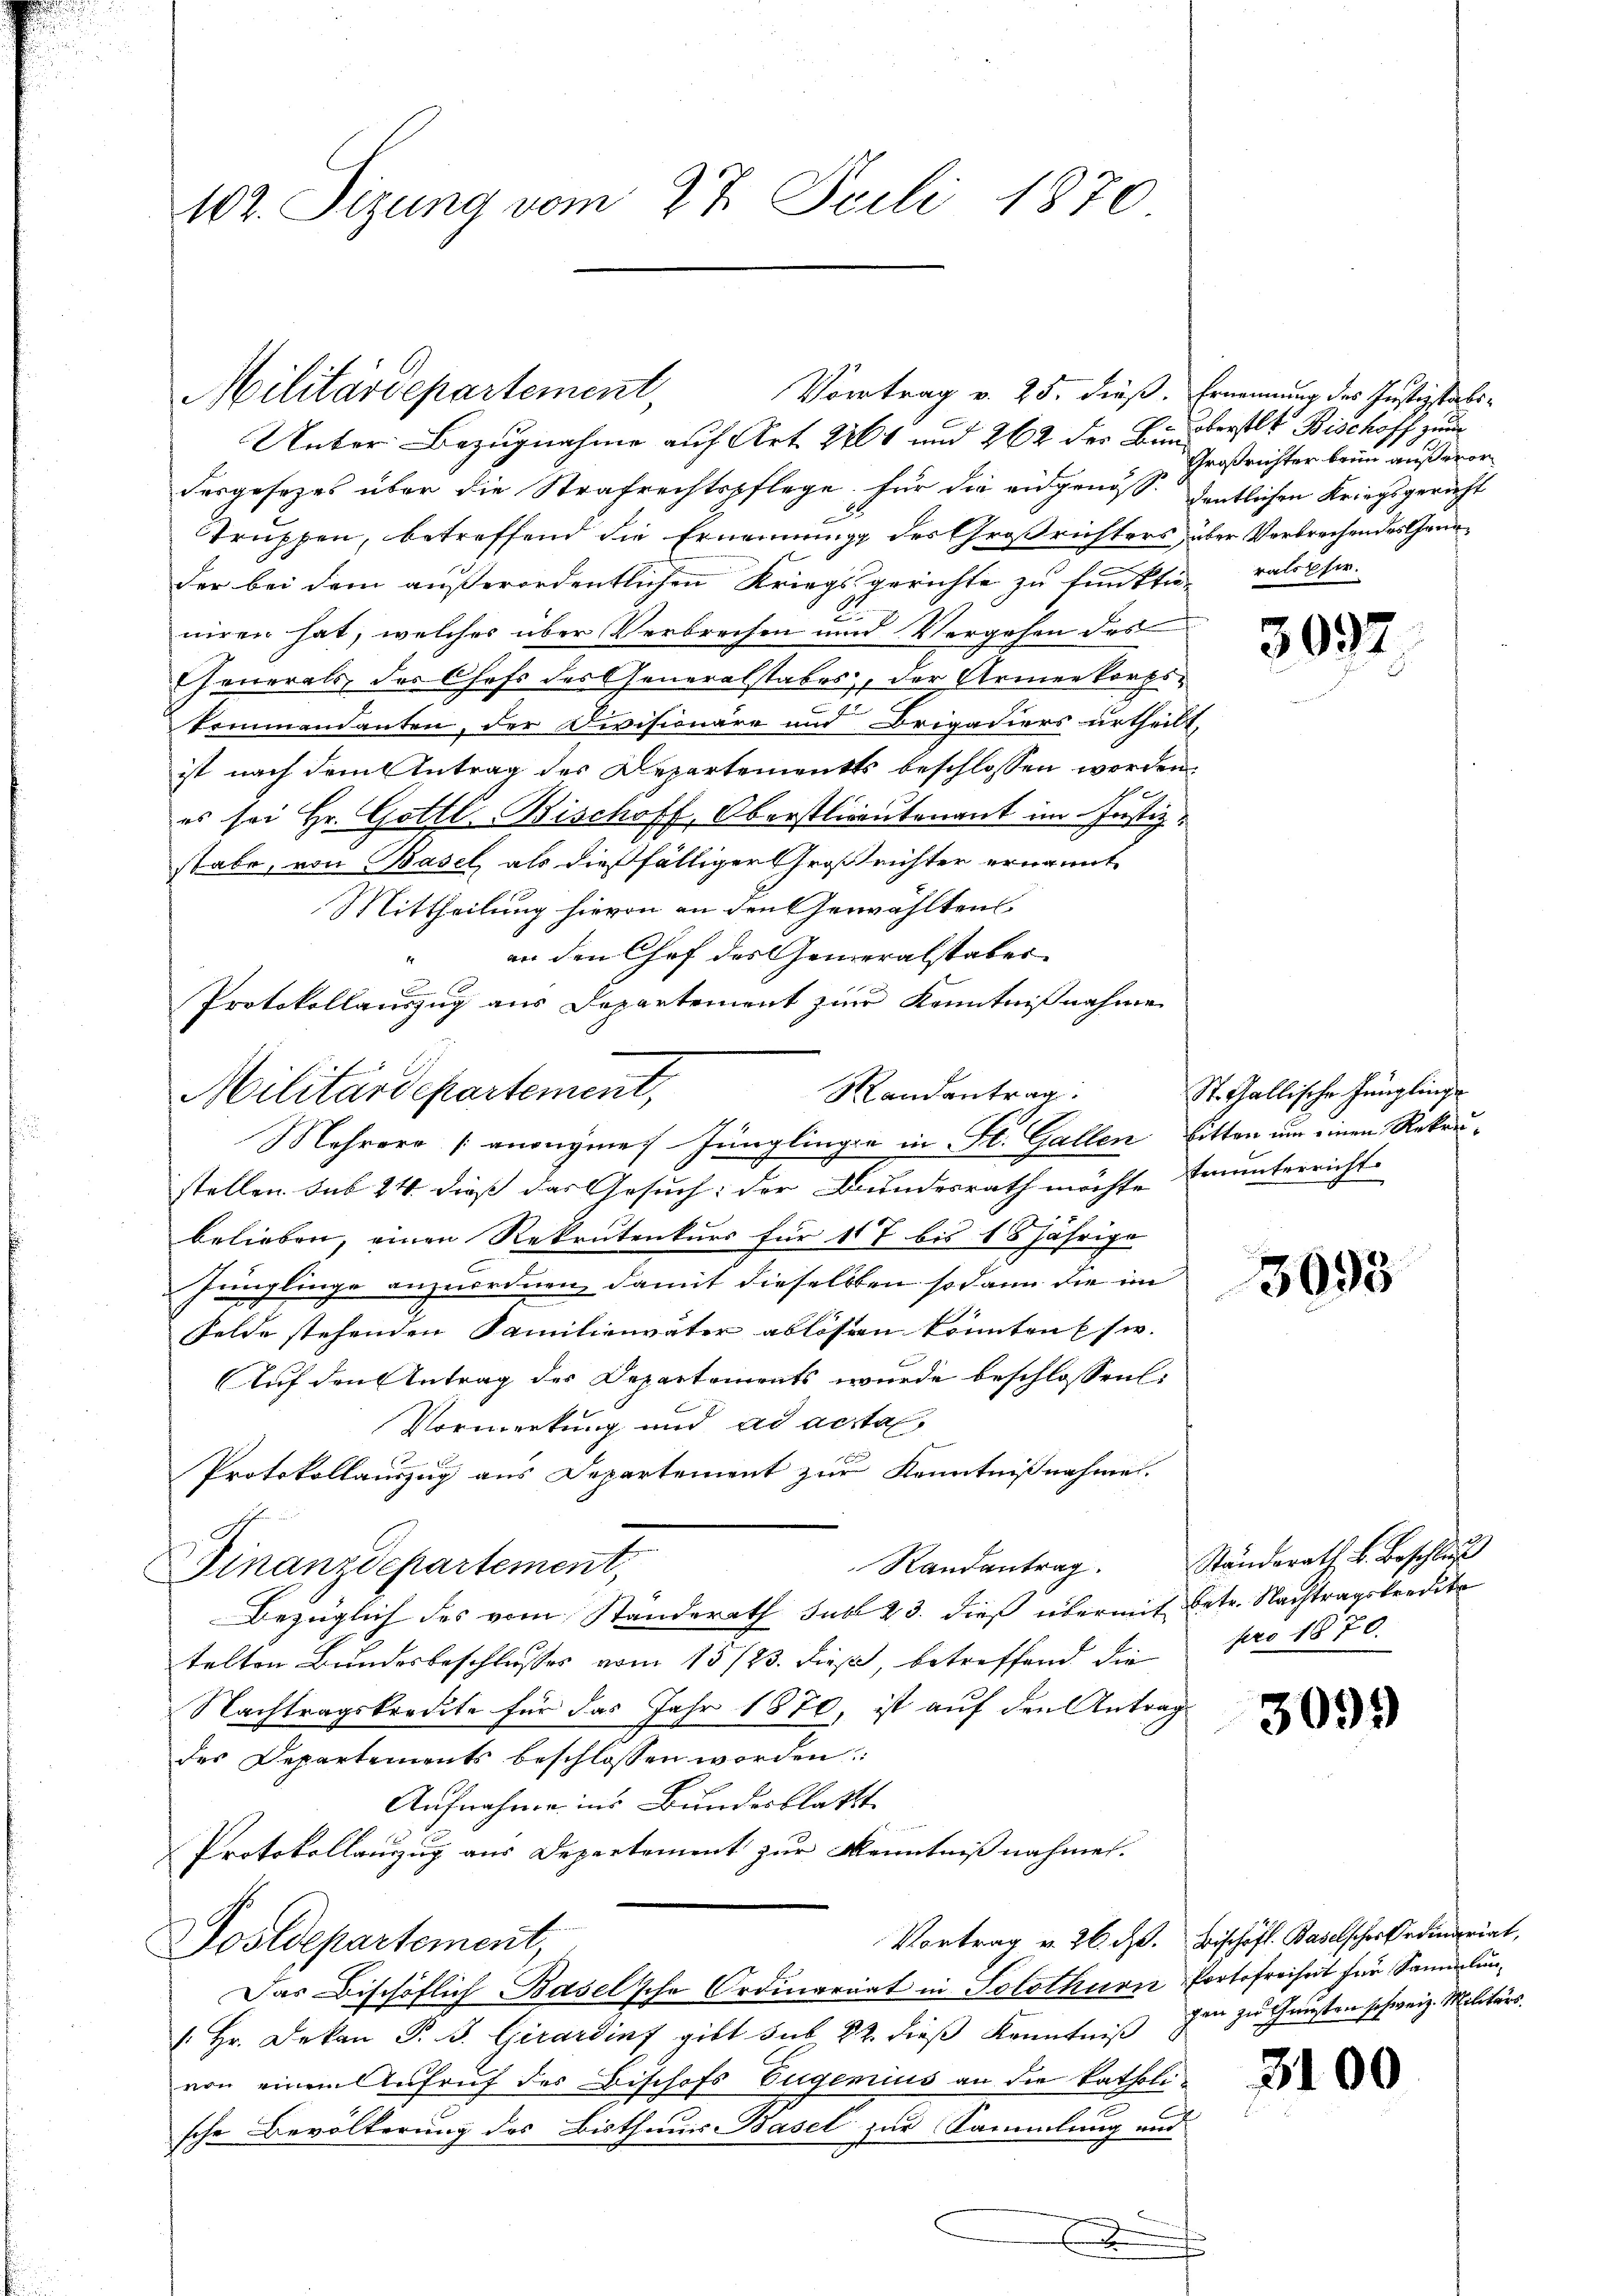
Unter Bezugnahme auf Art. 241 und 262 der Bundesgesezes über die Strafrechtspflege. Für die eidgenös deutlichen Kriegsgericht
Truppen, betreffend die Ernennung des Großrichters über Verbrechendes Gander bei dem außerordentlichen Kriegsgerichte zu funktiniren hat, welches über Verbrechen und Vergehen des
Generals des Chefs des Generalstabes, der Armenkorps
truendanten, der Divisionäre und Drigadiers urtheilt,
ist nach dem Antrag des Departements beschlossen werden.
es sei Hr. Gottl. Bischoff, Oberstlieutenant im Justiz-
stabe, von Basel, als dießfälliger Großrichter ernannt
Mittheilung hievon an den Gewählten
an den Chef des Generalstaber
Protokollauszug aus Departement zur Kenntnißnahme
Randantrag
Mehrero angegenes Jünglingen in St. Gallen, bitten um einen Rekurstellen sub 24 dieß das Gesuch: der Bundesrath möchte munterricht
belieben, einen Rekrutenkurs für 117 bis 18 jährige
Jünglinge anzuordnen, damit dieselben sodann die im
Felde stehenden Familienväter ablösen könnten usw. |
Auf den Antrag des Departements wurde beschlossen:
Vormerkung und ad acta
f
Protokollauszug aus Departement zur Kenntnißnahme.
Randantrag.
Finanzdepartement,
Bezüglich des vom Ständerath sub 23. dieß übermit betr. Nachtragskredite
telten Bundesbeschlusses vom 15./23. dieß, betreffend die pro 1870.
Nachtragskredite für das Jahr 1870, ist auf den Antrag
des Departements beschlossen worden
Aufnahme ins Bundesblattt
Protokollanzug aus Departement zur Kenntnißnahmen.
Vortrag v. 26. d. Bischöfl. Baselscher Ordinariat,
Sostdepartement,
Das Bischöflich Baselsche Ordinariat in Solothurn Portofreiheit für Samlun¬
/. Hr. Dekan P. J. Girarding gibt sub 22. dieß Kenntniß gen zu Gunsten schweiz. Militärs.
von einem Aufruf der Bischofs Eugenius an die katholische Bevölkerung des Bisthums Basel zur Sammlung und
.
.

102. Sizung vom 27. Seili 1870.

Militärdepartement,

Militärdepartement,

Vortrag v. 25. dieß. Ernennung des Justizstabs¬

oberstlt Bischoff zum
Großrichter beim außeror
ralobser.

5092

St. Gallische Jünglinge

3093

Ständerath v. Beschluß

309

3100